Lunatic asylums Central Provinces reports 1874-1885 - 1874-1885
Year: 1874
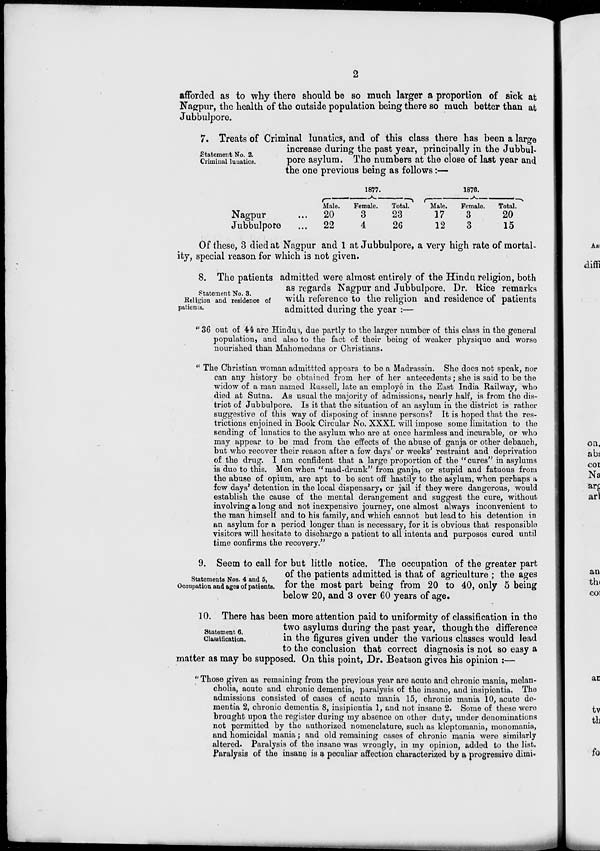
2
afforded as to why there should be so much larger a proportion of sick at
Nagpur, the health of the outside population being there so much better than at
Jubbulpore.
Statement No. 2.
Criminal lunatics.
7. Treats of Criminal lunatics, and of this class there has been a large
increase during the past year, principally in the Jubbul-
pore asylum. The numbers at the close of last year and
the one previous being as follows:—
Nagpur ...
Jubbulpore ...
1877.
Male.
20
22
Female.
3
4
Total.
23
26
1876.
Male.
17
12
Female.
3
3
Total.
20
15
Of these, 3 died at Nagpur and 1 at Jubbulpore, a very high rate of mortal-
ity, special reason for which is not given.
Statement No. 3.
Religion and residence of
patients.
8. The patients admitted were almost entirely of the Hindu religion, both
as regards Nagpur and Jubbulpore. Dr. Rice remarks
with reference to the religion and residence of patients
admitted during the year :—
" 36 out of 44 are Hindus, due partly to the larger number of this class in the general
population, and also to the fact of their being of weaker physique and worse
nourished than Mahomedans or Christians.
"The Christian woman admittted appears to be a Madrassin. She does not speak, nor
can any history be obtained from her of her antecedents; she is said to be the
widow of a man named Russell, late an employe in the East India Railway, who
died at Sutna. As usual the majority of admissions, nearly half, is from the dis-
trict of Jubbulpore. Is it that the situation of an asylum in the district is rather
suggestive of this way of disposing of insane persons? It is hoped that the res-
trictions enjoined in Book Circular No. XXXI. will impose some limitation to the
sending of lunatics to the asylum who are at once harmless and incurable, or who
may appear to be mad from the effects of the abuse of ganja or other debauch,
but who recover their reason after a few days' or weeks' restraint and deprivation
of the drug. I am confident that a large proportion of the "cures" in asylums
is due to this. Men when "mad-drunk" from ganja, or stupid and fatuous from
the abuse of opium, are apt to be sent off hastily to the asylum, when perhaps a
few days' detention in the local dispensary, or jail if they were dangerous, would
establish the cause of the mental derangement and suggest the cure, without
involving a long and not inexpensive journey, one almost always inconvenient to
the man himself and to his family, and which cannot but lead to his detention in
an asylum for a period longer than is necessary, for it is obvious that responsible
visitors will hesitate to discharge a patient to all intents and purposes cured until
time confirms the recovery."
Statements Nos. 4 and 5,
Occupation and ages of patients.
9. Seem to call for but little notice. The occupation of the greater part
of the patients admitted is that of agriculture ; the ages
for the most part being from 20 to 40, only 5 being
below 20, and 3 over 60 years of age.
Statement 6.
Classification.
10. There has been more attention paid to uniformity of classification in the
two asylums during the past year, though the difference
in the figures given under the various classes would lead
to the conclusion that correct diagnosis is not so easy a
matter as may be supposed. On this point, Dr. Beatson gives his opinion :—
"Those given as remaining from the previous year are acute and chronic mania, melan-
cholia, acute and chronic dementia, paralysis of the insane, and insipientia. The
admissions consisted of cases of acute mania 15, chronic mania 10, acute de-
mentia 2, chronic dementia 8, insipientia 1, and not insane 2. Some of these were
brought upon the register during my absence on other duty, under denominations
not permitted by the authorized nomenclature, such as kleptomania, monomania,
and homicidal mania ; and old remaining cases of chronic mania were similarly
altered. Paralysis of the insane was wrongly, in my opinion, added to the list.
Paralysis of the insane is a peculiar affection characterized by a progressive dimi-